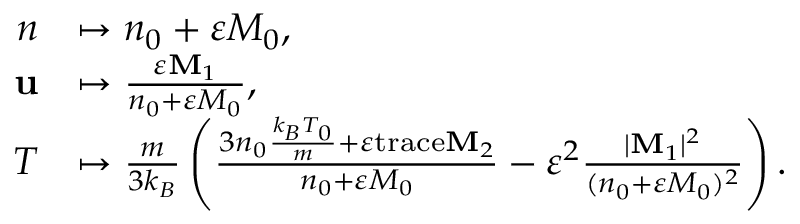
\begin{array} { r l } { n } & { \mapsto n _ { 0 } + \varepsilon M _ { 0 } , } \\ { \mathbf { u } } & { \mapsto \frac { \varepsilon \mathbf { M } _ { 1 } } { n _ { 0 } + \varepsilon M _ { 0 } } , } \\ { T } & { \mapsto \frac { m } { 3 k _ { B } } \left( \frac { 3 n _ { 0 } \frac { k _ { B } T _ { 0 } } { m } + \varepsilon \mathrm { t r a c e } \mathbf { M } _ { 2 } } { n _ { 0 } + \varepsilon M _ { 0 } } - \varepsilon ^ { 2 } \frac { | \mathbf { M } _ { 1 } | ^ { 2 } } { ( n _ { 0 } + \varepsilon M _ { 0 } ) ^ { 2 } } \right) . } \end{array}